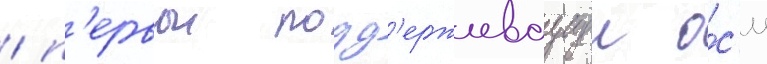
/ п'ервои подд'ерживаущеи о́с'и